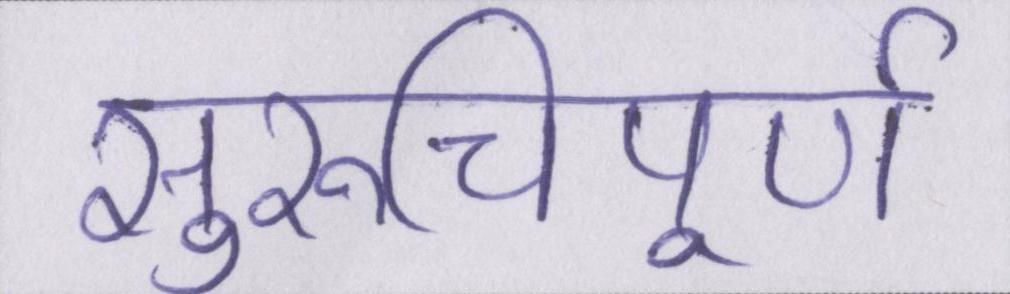
सुरुचिपूर्ण